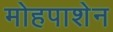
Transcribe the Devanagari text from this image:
मोहपाशेन